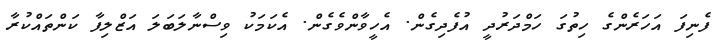
ފެނިފަ އަހަރެންގެ ހިތުގަ ހަމްދަރުދީ އުފެދިގެން. އެހީވާންވެގެން. އެކަމަކު ވިސްނާލަބަލަ އަޒްލިފާ ކަންތައްކުރާ